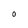
Character: O